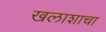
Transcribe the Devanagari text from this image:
खलाशाचा